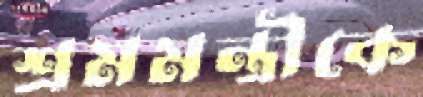
শ্রমমন্ত্রীকে